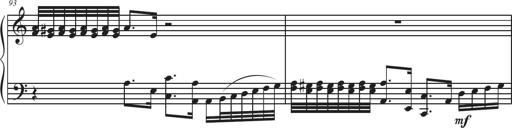
Title: Sonatina Espania
Composer: Jerald Franklin Archer
Key: Various